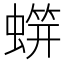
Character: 䗗